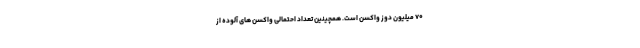
۷۰ میلیون دوز واکسن است. همچینین تعداد احتمالی واکسن های آلوده از